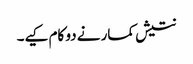
نتیش کمار نے دو کام کیے۔